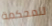
للمحكمة